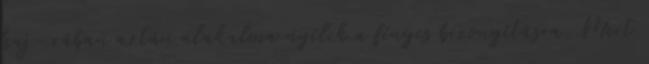
haj- rában aztán alakalma nyílik a fényes bizonyításra. Mert